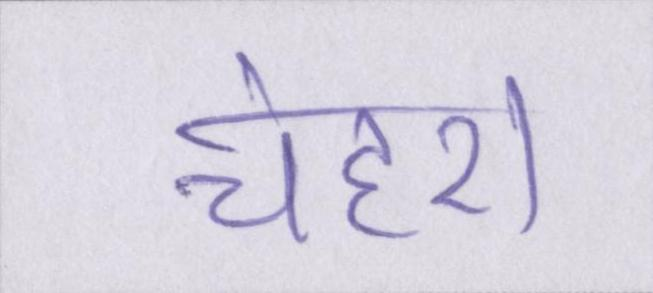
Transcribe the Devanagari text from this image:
चेहरा